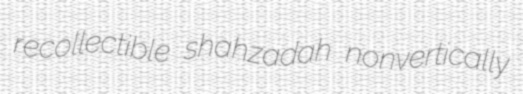
recollectible shahzadah nonvertically